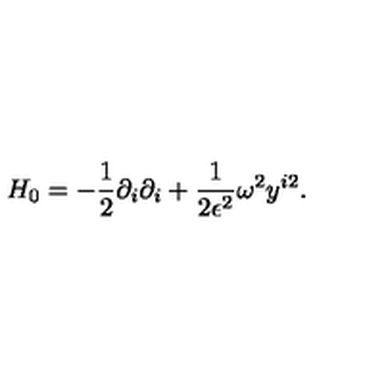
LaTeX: H _ { 0 } = - \frac { 1 } { 2 } \partial _ { i } \partial _ { i } + \frac { 1 } { 2 \epsilon ^ { 2 } } \omega ^ { 2 } y ^ { i 2 } .